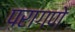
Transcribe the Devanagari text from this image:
परागणे